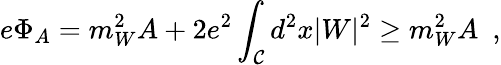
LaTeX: e\Phi_{A}=m_{W}^{2}A+2e^{2}\int_{\cal C}d^{2}x|W|^{2}\ge m_{W}^{2}A~~,